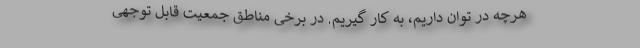
هرچه در توان داریم، به کار گیریم. در برخی مناطق جمعیت قابل توجهی